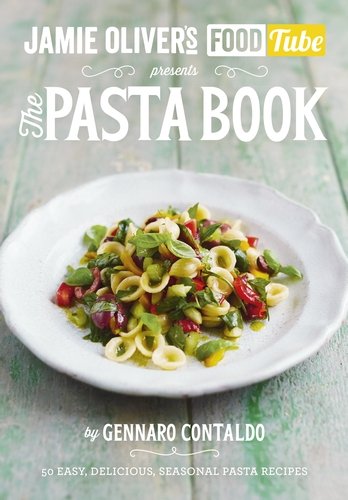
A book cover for Jamie's Food Tube: The Pasta Book: 50, Easy, Delicious, Seasonal Pasta Recipes; Gennaro Contaldo; Cookbooks, Food & Wine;